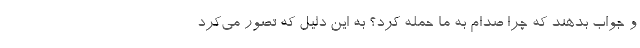
و جواب بدهند که چرا صدام به ما حمله کرد؟ به این دلیل که تصور می‌کرد